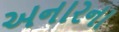
અનારના